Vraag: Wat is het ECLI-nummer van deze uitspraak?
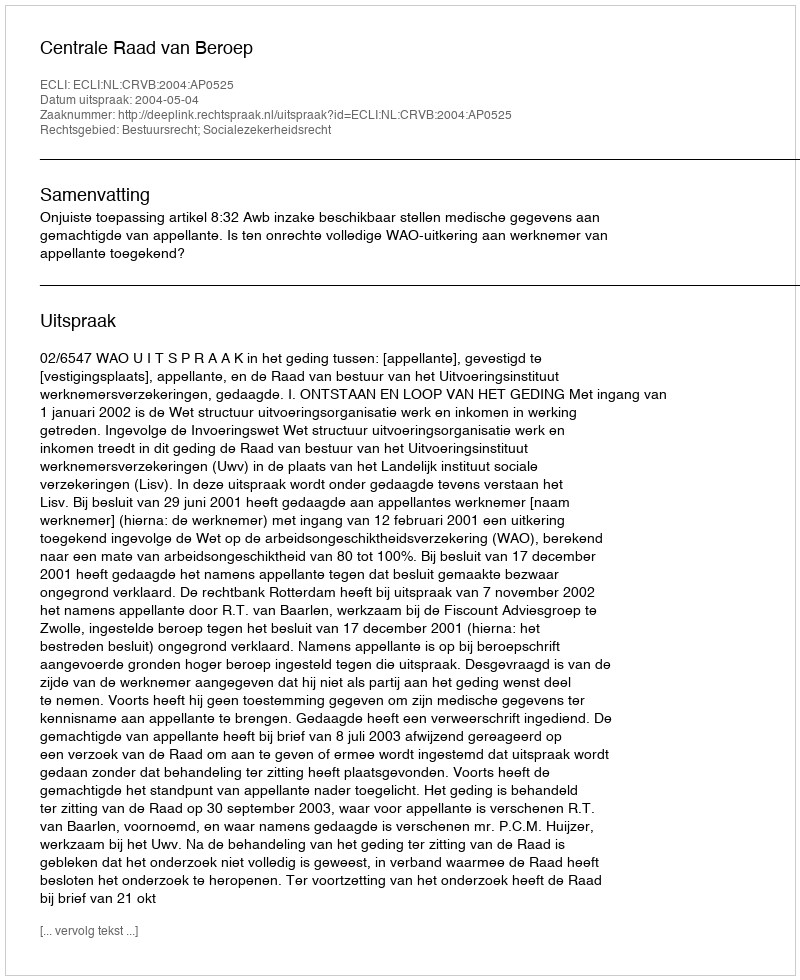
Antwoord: ECLI:NL:CRVB:2004:AP0525